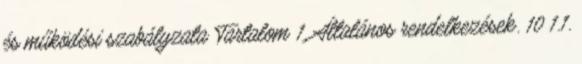
és működési szabályzata Tartalom 1. Általános rendelkezések. 10 1.1.